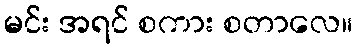
မင်း အရင် စကား စတာလေ။